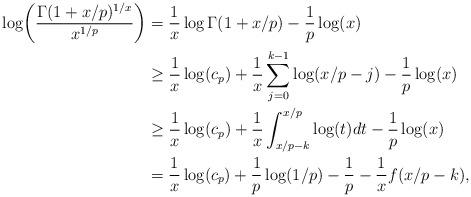
LaTeX: \begin{align*}\log\biggl(\frac{\Gamma(1+x/p)^{1/x}}{x^{1/p}}\biggr)&=\frac{1}{x}\log\Gamma(1+x/p)-\frac{1}{p}\log(x)\\&\ge \frac{1}{x}\log(c_p)+\frac{1}{x}\sum_{j=0}^{k-1}\log(x/p-j)-\frac{1}{p}\log(x)\\&\ge \frac{1}{x}\log(c_p)+\frac{1}{x}\int_{x/p-k}^{x/p}\log(t)dt-\frac{1}{p}\log(x)\\&=\frac{1}{x}\log(c_p)+\frac{1}{p}\log(1/p)-\frac{1}{p}-\frac{1}{x}f(x/p-k),\end{align*}